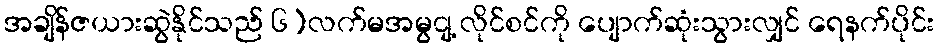
အချိန်ဇယားဆွဲနိုင်သည် ၆)လက်မအမွငျ့ လိုင်စင်ကို ပျောက်ဆုံးသွားလျှင် ရေနက်ပိုင်း